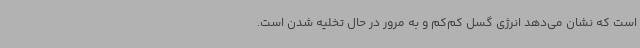
است که نشان می‌دهد انرژی گسل کم‌کم و به مرور در حال تخلیه شدن است.